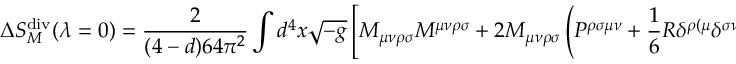
\Delta S _ { M } ^ { \mathrm { d i v } } ( \lambda = 0 ) = \frac { 2 } { ( 4 - d ) 6 4 \pi ^ { 2 } } \int d ^ { 4 } x \sqrt { - g } \left[ M _ { \mu \nu \rho \sigma } M ^ { \mu \nu \rho \sigma } + 2 M _ { \mu \nu \rho \sigma } \left( P ^ { \rho \sigma \mu \nu } + \frac { 1 } { 6 } R \delta ^ { \rho ( \mu } \delta ^ { \sigma \nu ) } \right) \right] .